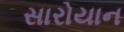
સારોયાન